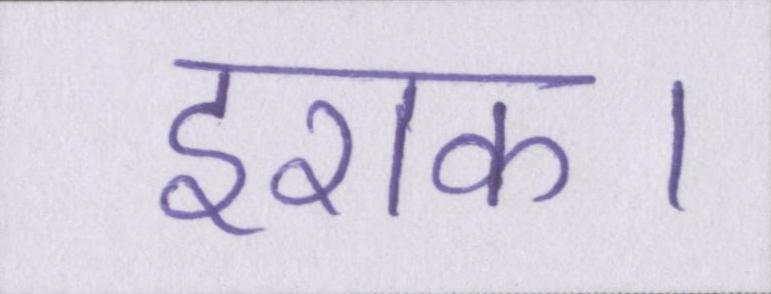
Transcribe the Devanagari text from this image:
इराक।